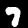
Digit: 7